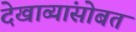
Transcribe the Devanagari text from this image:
देखाव्यांसोबत